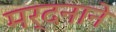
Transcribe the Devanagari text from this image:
मर्दनाने